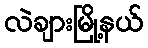
လဲချားမြို့နယ်